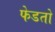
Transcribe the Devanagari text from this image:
फेडतो